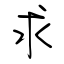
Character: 求